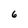
Character: 6